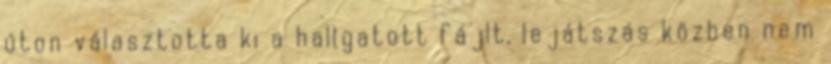
úton választotta ki a hallgatott fájlt, lejátszás közben nem